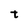
Character: t